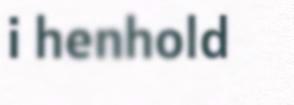
i henhold